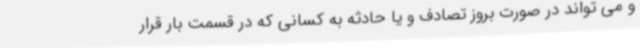
و می تواند در صورت بروز تصادف و یا حادثه به کسانی که در قسمت بار قرار